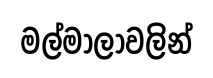
මල්මාලාවලින්